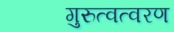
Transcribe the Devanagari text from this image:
गुरुत्वत्वरण